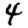
Digit: 4